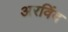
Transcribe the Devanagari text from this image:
अरविंद